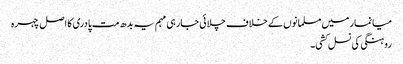
میانمار میں مسلمانوں کے خلاف چلائی جارہی مہم یہ بدھ مت پادری کا اصل چہرہ
روہنگی کی نسل کشی۔